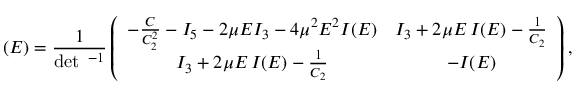
{ \bf \tau } ( E ) = \frac { 1 } { \operatorname * { d e t } { \bf \tau } ^ { - 1 } } \left( \begin{array} { c c } { { - \frac { C } { C _ { 2 } ^ { 2 } } - I _ { 5 } - 2 \mu E I _ { 3 } - 4 \mu ^ { 2 } E ^ { 2 } I ( E ) } } & { { I _ { 3 } + 2 \mu E \, I ( E ) - \frac { 1 } { C _ { 2 } } } } \\ { { I _ { 3 } + 2 \mu E \, I ( E ) - \frac { 1 } { C _ { 2 } } } } & { { - I ( E ) } } \end{array} \right) ,